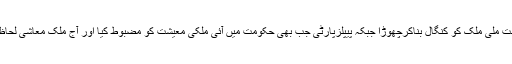
سابق صدر کا کہنا ہے کہ مسلم لیگ کو جب بھی حکومت ملی ملک کو کنگال بناکرچھوڑا جبکہ پیپلزپارٹی جب بھی حکومت میں آئی ملکی معیشت کو مضبوط کیا اور آج ملک معاشی لحاظ سے کمزور ہورہا ہے تو اس کا کوئی تو ذمہ دار ہوگا۔